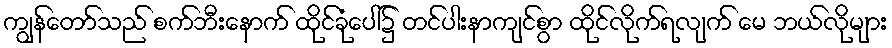
ကျွန်တော်သည် စက်ဘီးနောက် ထိုင်ခုံပေါ်၌ တင်ပါးနာကျင်စွာ ထိုင်လိုက်ရလျက် မေ ဘယ်လိုများ